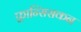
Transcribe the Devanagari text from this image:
फ़्रान्सिसकन